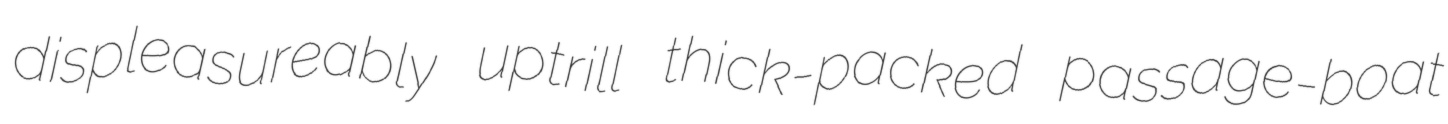
displeasureably uptrill thick-packed passage-boat